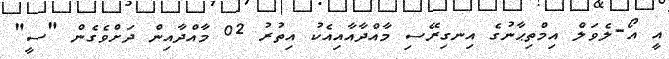
އީ އޯ-ލެވަލް އިމްތިޙާނުގެ އިނގިރޭސި މާއްދާއާއިއެކު އިތުރު 02 މާއްދާއިން ދަށްވެގެން "ސީ"